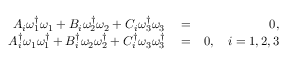
\begin{array} { r l r } { A _ { i } \omega _ { 1 } ^ { \dagger } \omega _ { 1 } + B _ { i } \omega _ { 2 } ^ { \dagger } \omega _ { 2 } + C _ { i } \omega _ { 3 } ^ { \dagger } \omega _ { 3 } } & { { } = } & { 0 , } \\ { A _ { i } ^ { \dagger } \omega _ { 1 } \omega _ { 1 } ^ { \dagger } + B _ { i } ^ { \dagger } \omega _ { 2 } \omega _ { 2 } ^ { \dagger } + C _ { i } ^ { \dagger } \omega _ { 3 } \omega _ { 3 } ^ { \dagger } } & { { } = } & { 0 , \quad i = 1 , 2 , 3 } \end{array}